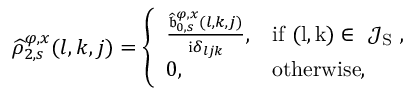
\begin{array} { r } { \widehat { \rho } _ { 2 , s } ^ { \varphi , x } ( l , k , j ) = \left\{ \begin{array} { l l } { \frac { \widehat { \mathfrak { b } } _ { 0 , s } ^ { \varphi , x } ( l , k , j ) } { \mathrm { i } \delta _ { l j k } } , } & { \mathrm { i f ~ ( l , k ) \in ~ \mathcal { J } _ { S } ~ } , } \\ { 0 , } & { \mathrm { o t h e r w i s e , } } \end{array} \right. } \end{array}